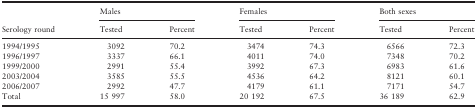
<table><thead><tr><td rowspan="2"><b>Serology round</b></td><td colspan="2"><b>Males</b></td><td colspan="2"><b>Females</b></td><td colspan="2"><b>Both sexes</b></td></tr><tr><td><b>Tested</b></td><td><b>Percent</b></td><td><b>Tested</b></td><td><b>Percent</b></td><td><b>Tested</b></td><td><b>Percent</b></td></tr></thead><tbody><tr><td>1994/1995</td><td>3092</td><td>70.2</td><td>3474</td><td>74.3</td><td>6566</td><td>72.3</td></tr><tr><td>1996/1997</td><td>3337</td><td>66.1</td><td>4011</td><td>74.0</td><td>7348</td><td>70.2</td></tr><tr><td>1999/2000</td><td>2991</td><td>55.4</td><td>3992</td><td>67.3</td><td>6983</td><td>61.6</td></tr><tr><td>2003/2004</td><td>3585</td><td>55.5</td><td>4536</td><td>64.2</td><td>8121</td><td>60.1</td></tr><tr><td>2006/2007</td><td>2992</td><td>47.7</td><td>4179</td><td>61.1</td><td>7171</td><td>54.7</td></tr><tr><td>Total</td><td>15 997</td><td>58.0</td><td>20 192</td><td>67.5</td><td>36 189</td><td>62.9</td></tr></tbody></table>